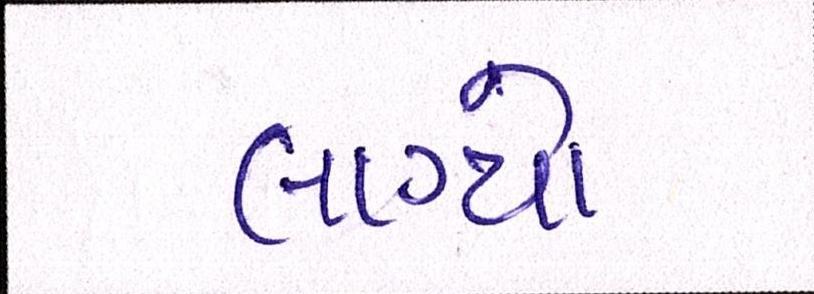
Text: લાગ્યો